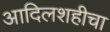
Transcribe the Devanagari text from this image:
आदिलशहीचा